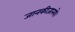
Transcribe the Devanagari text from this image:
जानकीजानये।